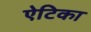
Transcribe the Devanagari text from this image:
ऐटिका